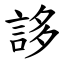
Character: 誃